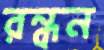
রন্ধন